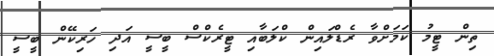
ތިން ޓީމު ކަމަށްވާ ރެޑްލައިން ކްލަބާއި ޓީރެކްސް ބީސީ އަދި ހަރިކޭން ބީސީ